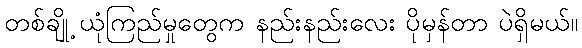
တစ်ချို့ ယုံကြည်မှုတွေက နည်းနည်းလေး ပိုမှန်တာ ပဲရှိမယ်။